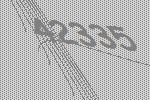
42335